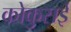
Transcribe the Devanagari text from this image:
कोकुसई